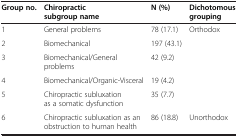
<table><thead><tr><td><b>Group no.</b></td><td><b>Chiropractic subgroup name</b></td><td><b>N (%)</b></td><td><b>Dichotomous grouping</b></td></tr></thead><tbody><tr><td>1</td><td>General problems</td><td>78 (17.1)</td><td rowspan="5">Orthodox</td></tr><tr><td>2</td><td>Biomechanical</td><td>197 (43.1)</td></tr><tr><td>3</td><td>Biomechanical/General problems</td><td>42 (9.2)</td></tr><tr><td>4</td><td>Biomechanical/Organic-Visceral</td><td>19 (4.2)</td></tr><tr><td>5</td><td>Chiropractic subluxation as a somatic dysfunction</td><td>35 (7.7)</td></tr><tr><td>6</td><td>Chiropractic subluxation as an obstruction to human health</td><td>86 (18.8)</td><td>Unorthodox</td></tr></tbody></table>